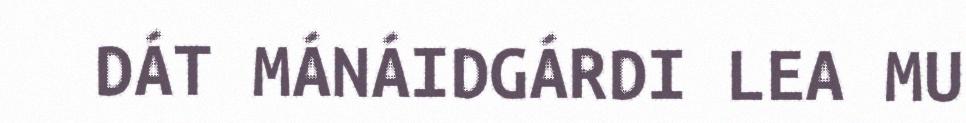
DÁT MÁNÁIDGÁRDI LEA MU